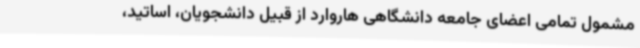
مشمول تمامی اعضای جامعه دانشگاهی هاروارد از قبیل دانشجویان، اساتید،